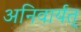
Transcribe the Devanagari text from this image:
अनिवार्यत्